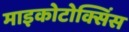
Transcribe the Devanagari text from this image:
माइकोटोक्सिंस